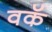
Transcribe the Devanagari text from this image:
वकॅ